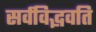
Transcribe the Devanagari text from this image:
सर्वविद्भवति